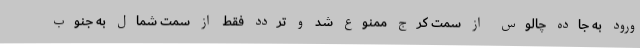
ورود به جاده چالوس از سمت کرج ممنوع شد و تردد فقط از سمت شمال به جنوب